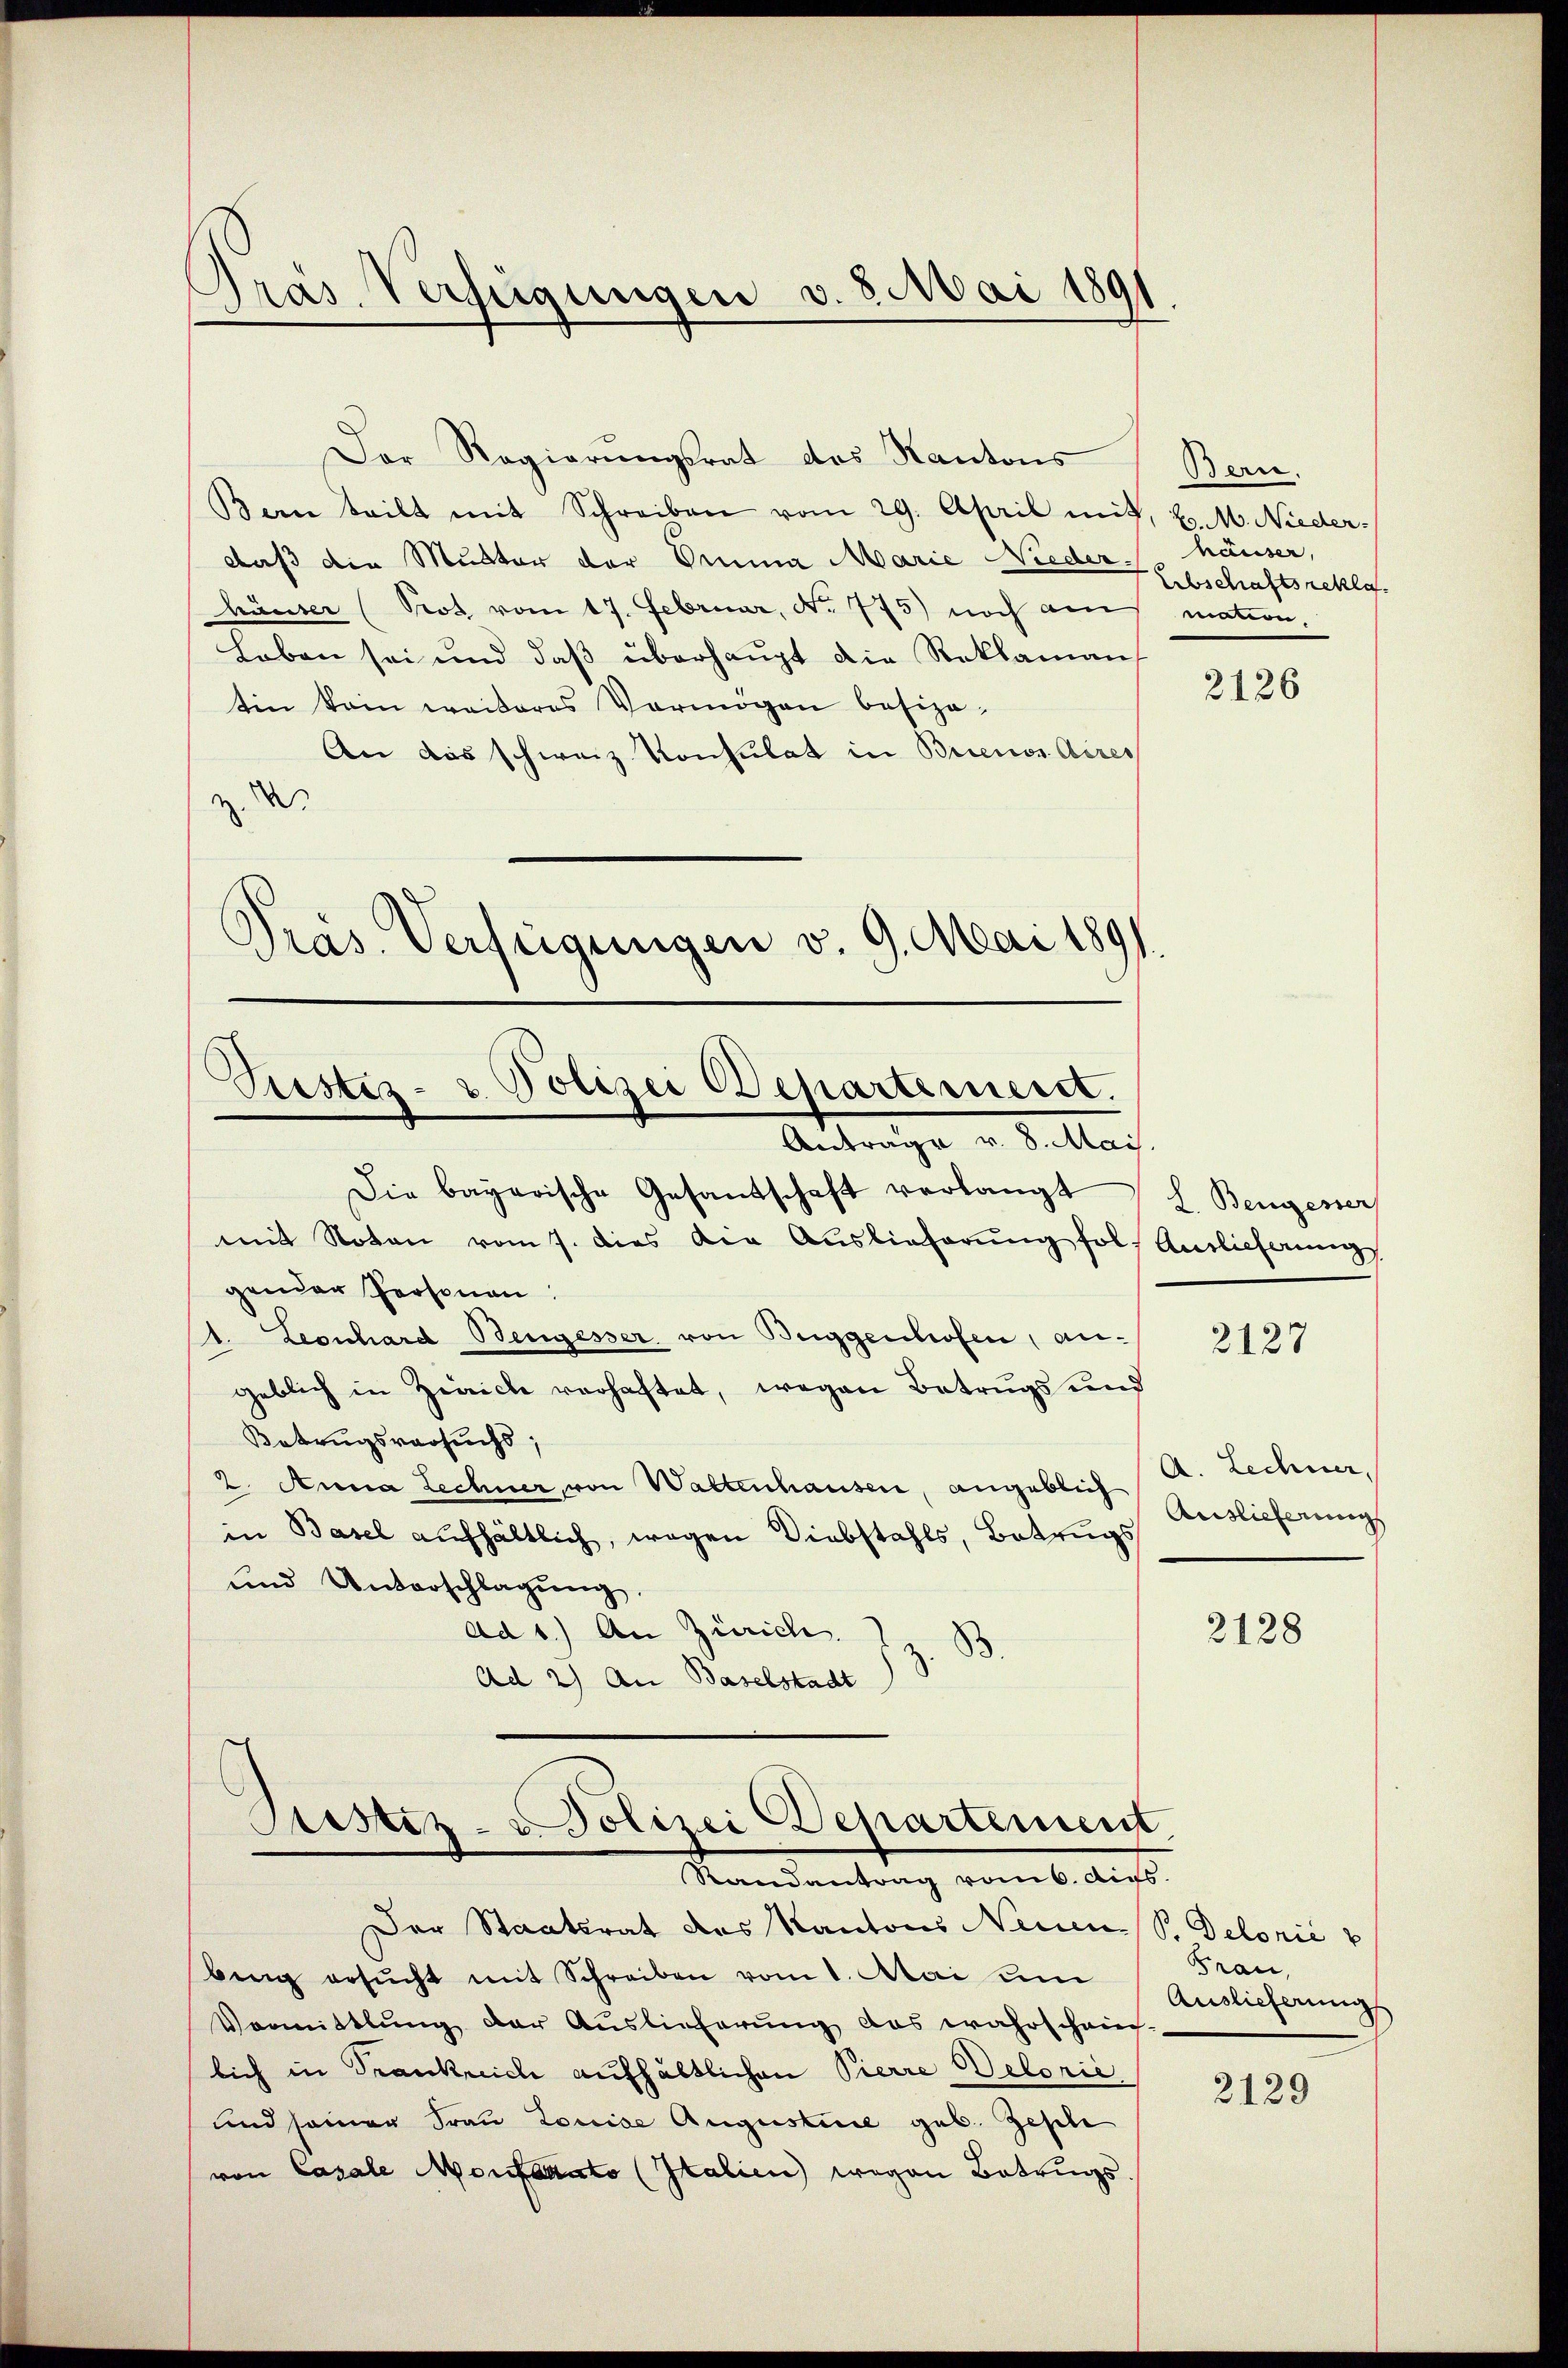
Pras Verfügungen v. 8. Mai 1891

Der Regierŭngsrat des Kantons
Bern teilt mit Schreiben vom 29. April mit, d. M. Nieder-
daß die Mutter der Drina Marie Nieder ./ häuser,
häuser (Prot vom 17. Februar, No. 775) noch am
Leben sei und daß überhaupt die Reklaman
tin kein weiteres Vermögen besiza¬
An das schweiz Konsulat in Brienos Aires
z. D
Präs. Verfügungen v. 9. Mai 1891.

Pristiz- u. Polizei Departement.
Antrage v. 8. Mai.

Die bayerische Gesandschaft verlangt
mit Noten vom 7. dies der Auslieferŭng fol, Amlicherung
1. Leonhard Bengesser von Buggenhofen, angeblich in Zeiche verhaftet, wegen Betrugs und

gender Personen:
Betrugsversuchs,
2. Anna Lechner, von Waltenhausen, angeblich
in Basel aufhältlich, wegen Diebstahls, Betrugs
und Unterschlagung.
ad 1.) An Zürich.
B.
Ad 2) An Baselstadt

Justiz- u Polizei Departement
Randantrag vom 6. Aus

Der Staatsrat des Kantons Neuen S. Delonić
berg ersŭcht mit Schreiben vom 1. Mai un
Vormittlung der Auslieferung das wahrschein-
lich in Trankreich aufhältlichen Pierre Belorić.
und seiner Frau Louise Augustice geb. Gesche
von Casale Montanato (Italien wegen Betrugs

Bern.
Erbschaftsrekla
mation.

2126

L. Bengester

2127

A. Lechner,
Auslieferung

2128

Frau,
Auslieferung

2129